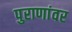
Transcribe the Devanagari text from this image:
पुराणांवर